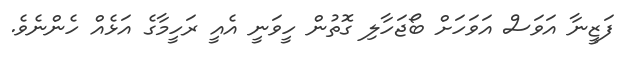
ފަޒީނާ އަވަސް އަވަހަށް ބޯޖަހާލި ގޮތުން ހީވަނީ އެއީ ރަހީމާގެ އަޅެއް ހެންނެވެ.